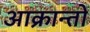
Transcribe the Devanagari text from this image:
आक्रान्तो